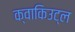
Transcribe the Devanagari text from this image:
क्वाकिउट्ल